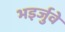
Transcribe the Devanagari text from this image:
भइर्जुवे